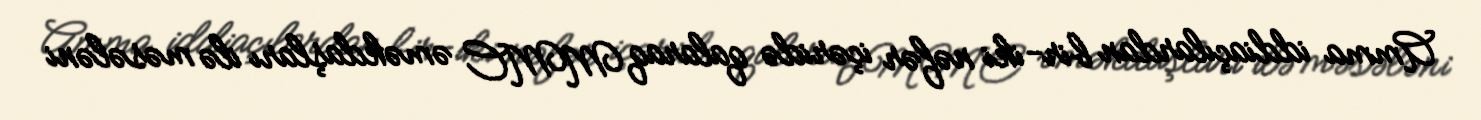
Amma iddiaçılardan bir-iki nəfər içəridə qalaraq MMC əməkdaşları ilə məsələni